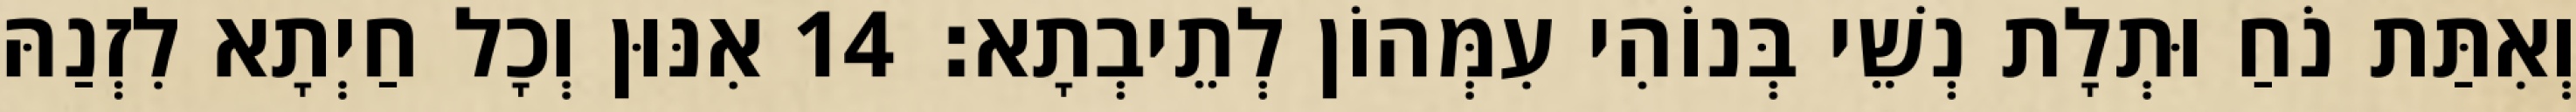
וְאִתַּת נֹחַ וּתְלָת נְשֵׁי בְּנוֹהִי עִמְּהוֹן לְתֵיבְתָא׃ 14 אִנּוּן וְכָל חַיְתָא לִזְנַהּ